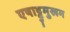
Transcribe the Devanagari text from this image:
एषाट्टुमुखम